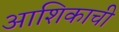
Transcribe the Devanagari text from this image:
आशिकाची